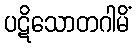
ပဋိသောတဂါမိံ